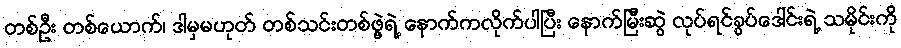
တစ်ဦး တစ်ယောက်၊ ဒါမှမဟုတ် တစ်သင်းတစ်ဖွဲ့ရဲ့ နောက်ကလိုက်ပါပြီး နောက်မြီးဆွဲ လုပ်ရင်ခွပ်ဒေါင်းရဲ့ သမိုင်းကို